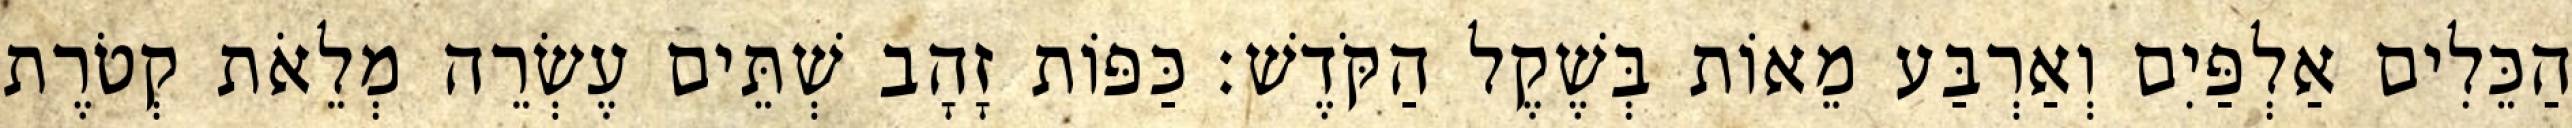
הַכֵּלִים אַלְפַּיִם וְאַרְבַּע מֵאוֹת בְּשֶׁקֶל הַקֹּדֶשׁ׃ כַּפּוֹת זָהָב שְׁתֵּים עֶשְׂרֵה מְלֵאֹת קְטֹרֶת